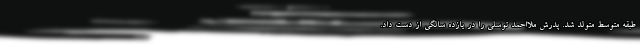
طبقه متوسط متولد شد. پدرش ملااحمد توسلی را در یازده سالگی از دست داد.